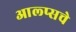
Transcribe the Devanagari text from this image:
आल्प्सचे